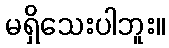
မရှိသေးပါဘူး။